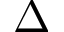
\Delta